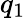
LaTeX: q_{1}